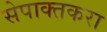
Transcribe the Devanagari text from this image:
सेपाक्तकरा